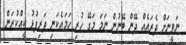
ނަވީނަށް ދެރައެއް ދޭން ބޭނުން ނަމަ މަގޭ ހުރި ހަމައެކަނި ދަރިފުޅު ކީއްކުރަން